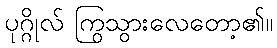
ပုဂ္ဂိုလ် ကြွသွားလေတော့၏။